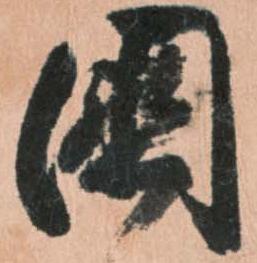
国